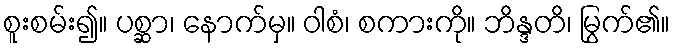
စူးစမ်း၍။ ပစ္ဆာ၊ နောက်မှ။ ဝါစံ၊ စကားကို။ ဘိန္ဒတိ၊ မြွက်၏။